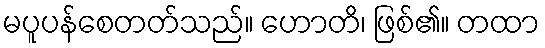
မပူပန်စေတတ်သည်။ ဟောတိ၊ ဖြစ်၏။ တထာ